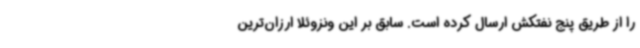
را از طریق پنج نفتکش ارسال کرده است. سابق بر این ونزوئلا ارزان‌ترین